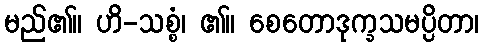
မည်၏။ ဟိ-သစ္စံ၊ ၏။ စေတောဒုက္ခသမပ္ပိတာ၊